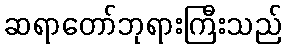
ဆရာတော်ဘုရားကြီးသည်